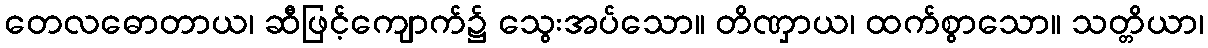
တေလဓောတာယ၊ ဆီဖြင့်ကျောက်၌ သွေးအပ်သော။ တိဏှာယ၊ ထက်စွာသော။ သတ္တိယာ၊